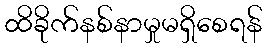
ထိခိုက်နစ်နာမှုမရှိစေရန်